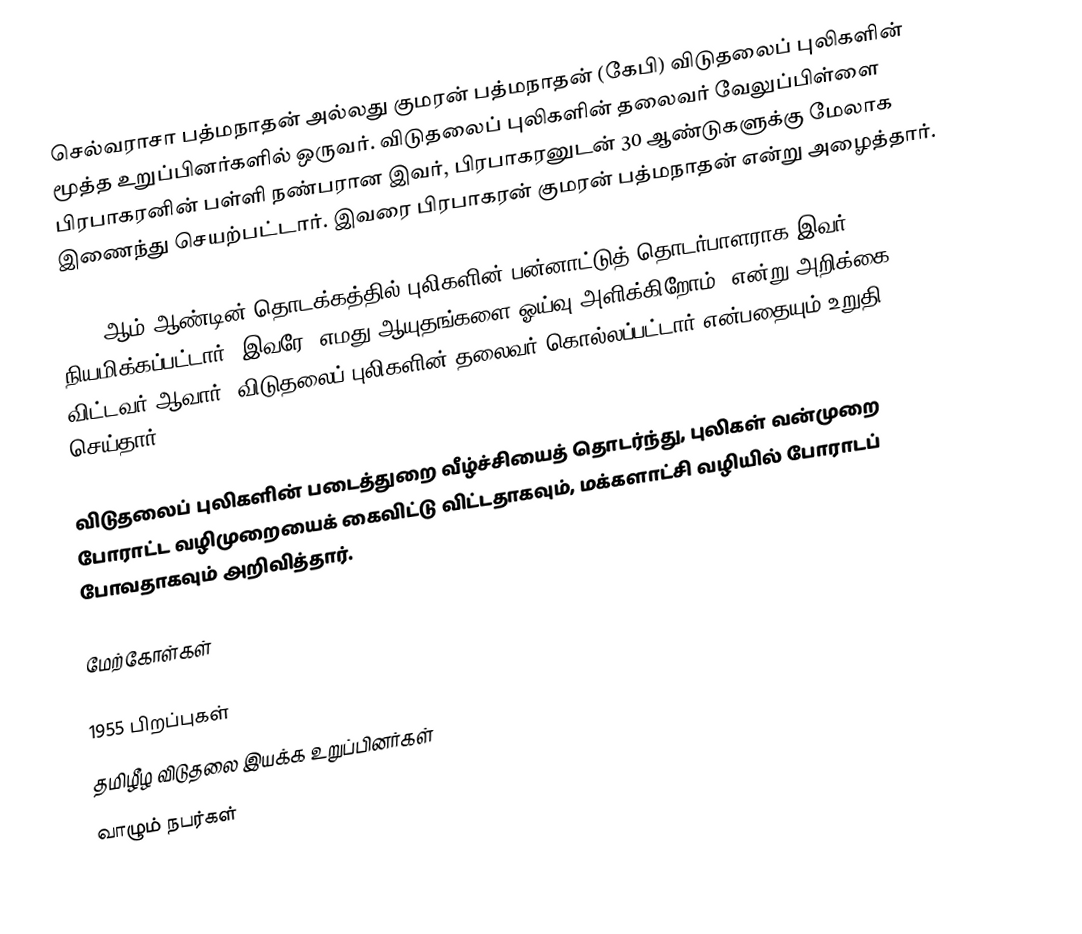
செல்வராசா பத்மநாதன் அல்லது குமரன் பத்மநாதன் (கேபி) விடுதலைப் புலிகளின் மூத்த உறுப்பினர்களில் ஒருவர். விடுதலைப் புலிகளின் தலைவர் வேலுப்பிள்ளை பிரபாகரனின் பள்ளி நண்பரான இவர், பிரபாகரனுடன் 30 ஆண்டுகளுக்கு மேலாக இணைந்து செயற்பட்டார். இவரை பிரபாகரன் குமரன் பத்மநாதன் என்று அழைத்தார்.

2009 ஆம் ஆண்டின் தொடக்கத்தில் புலிகளின் பன்னாட்டுத் தொடர்பாளராக இவர் நியமிக்கப்பட்டார். இவரே "எமது ஆயுதங்களை ஓய்வு அளிக்கிறோம்" என்று அறிக்கை விட்டவர் ஆவார். விடுதலைப் புலிகளின் தலைவர் கொல்லப்பட்டார் என்பதையும் உறுதி செய்தார்.

விடுதலைப் புலிகளின் படைத்துறை வீழ்ச்சியைத் தொடர்ந்து, புலிகள் வன்முறை போராட்ட வழிமுறையைக் கைவிட்டு விட்டதாகவும், மக்களாட்சி வழியில் போராடப் போவதாகவும் அறிவித்தார்.

மேற்கோள்கள்

1955 பிறப்புகள்
தமிழீழ விடுதலை இயக்க உறுப்பினர்கள்
வாழும் நபர்கள்